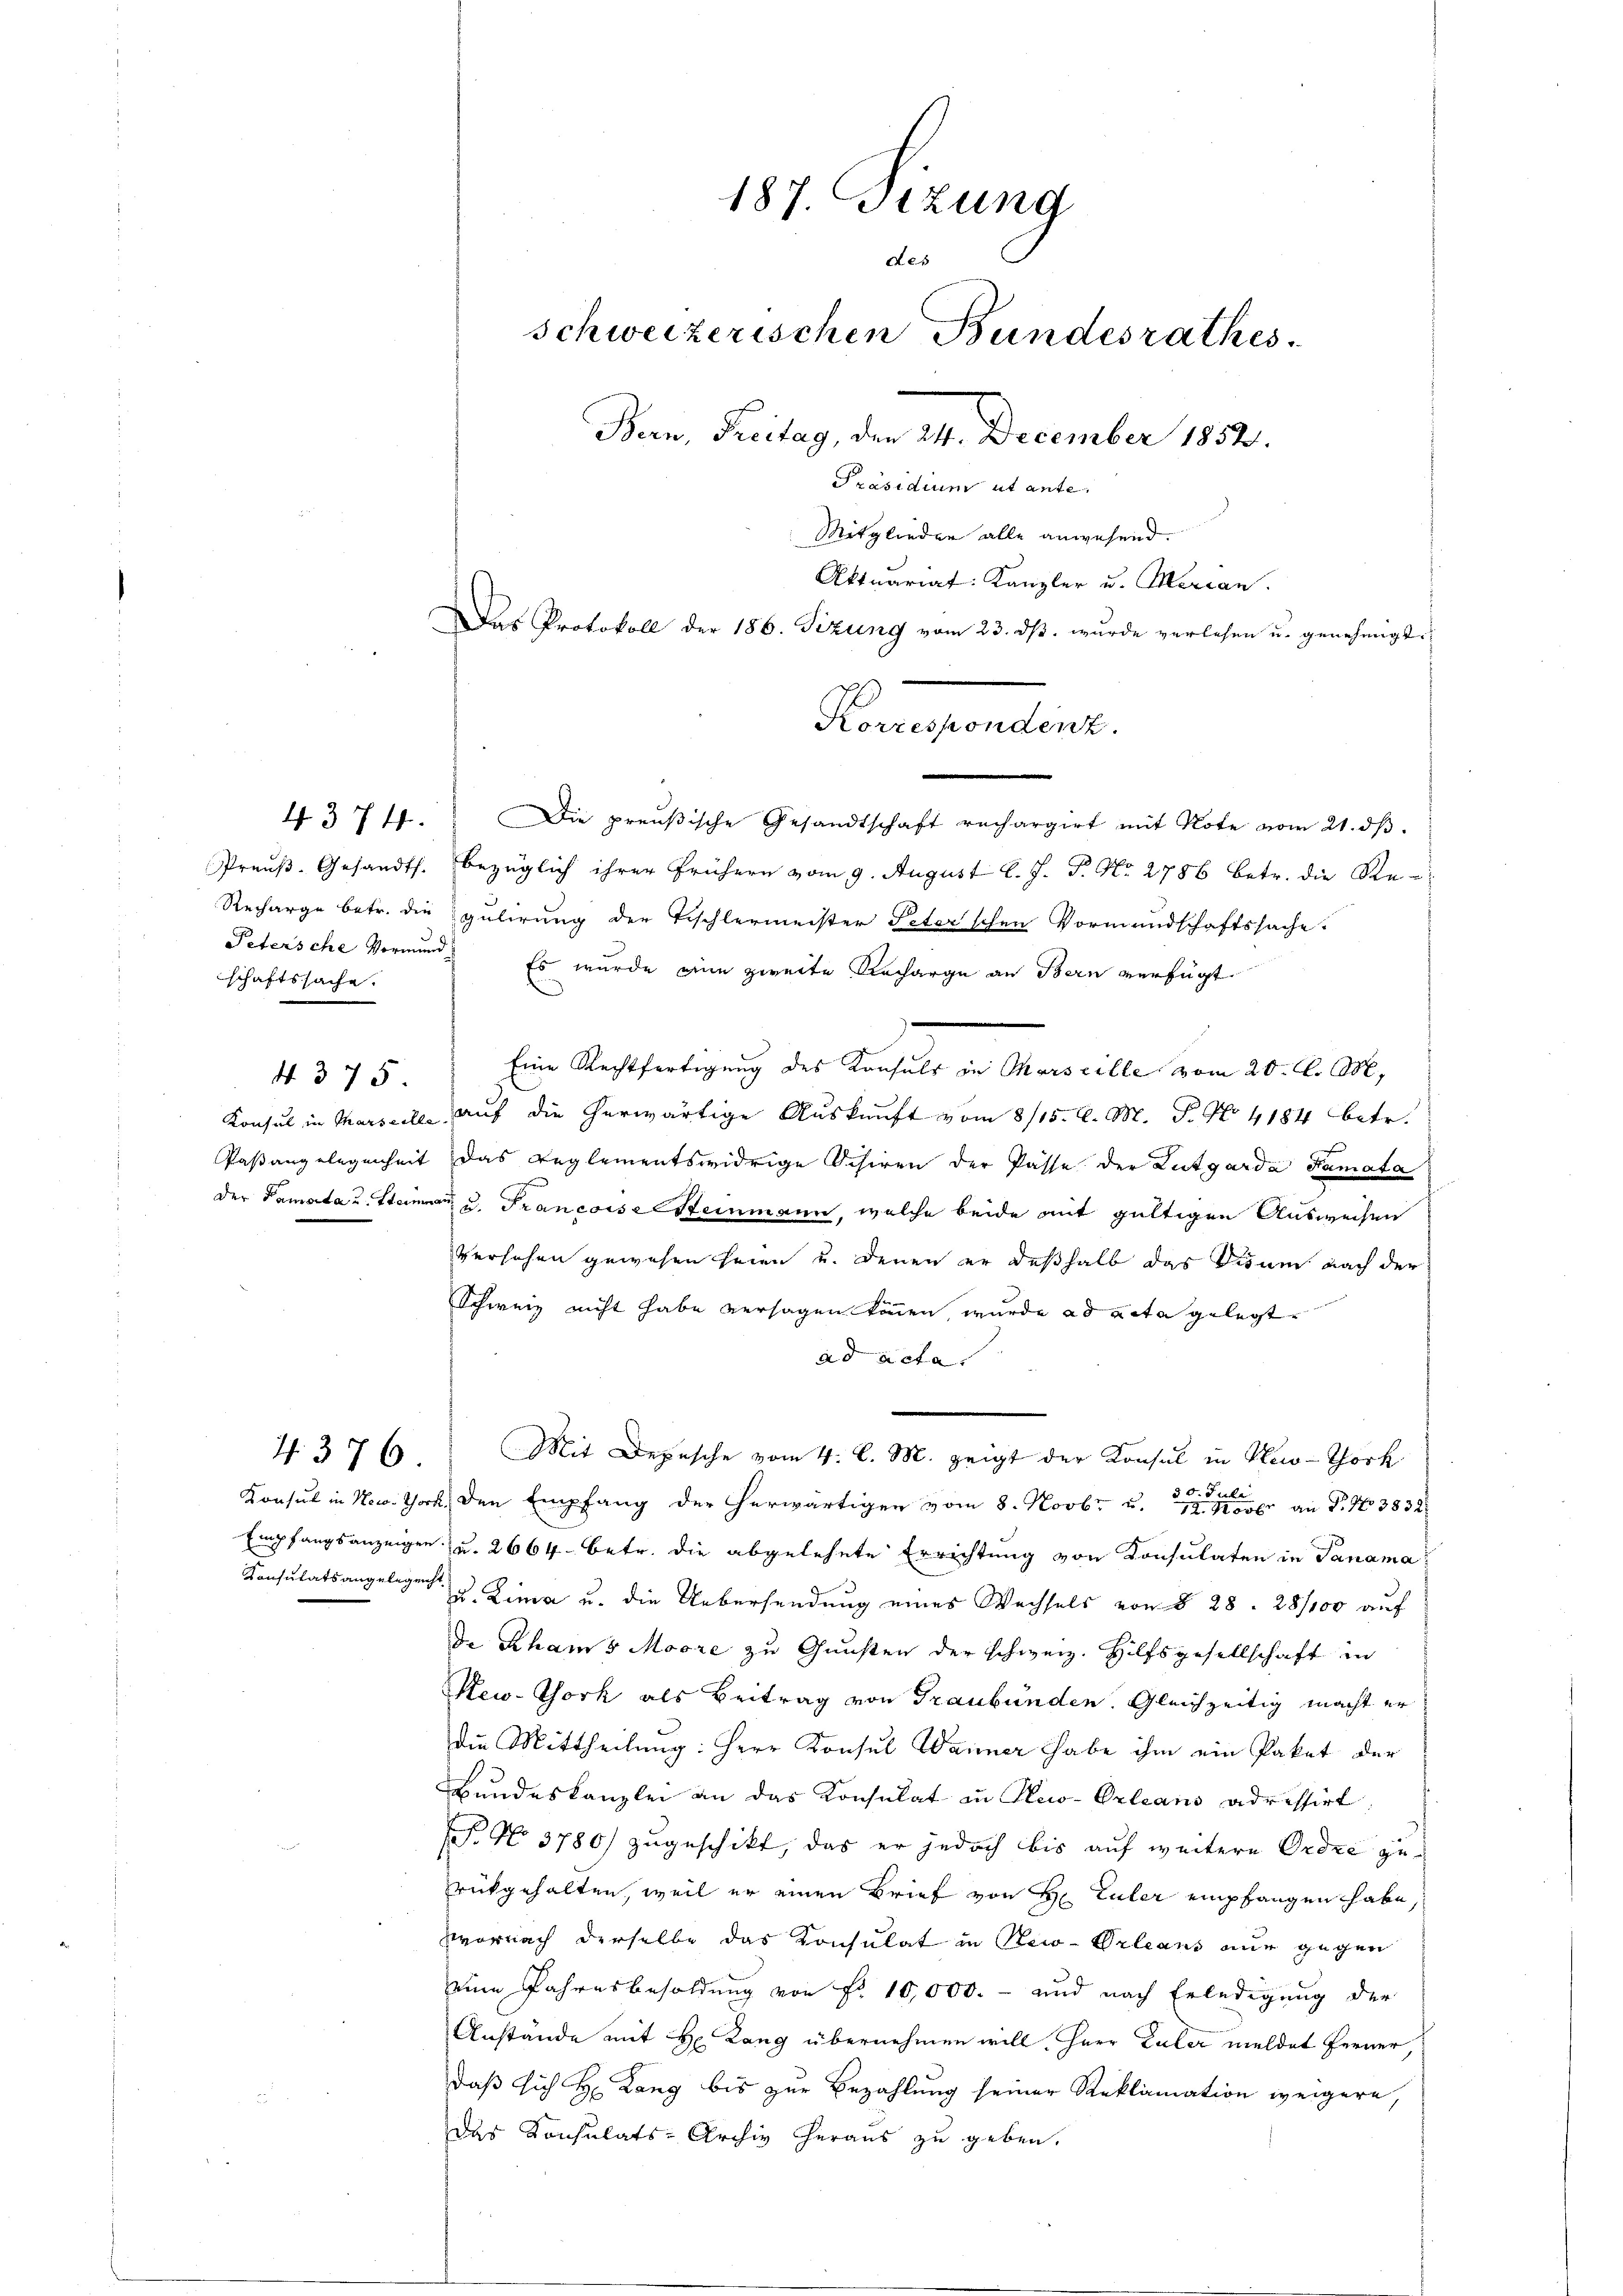
schaftssache.

4375

187. Sizung
Aes
schweizerischen Bundesrathes.
Bern, Freitag, den 24. December 1852.
Präsidium ut ante
Mitglieden alle anwesend.
Aktuariat Kanzler u. Marian.
Das Protokoll der 186. Sitzung vom 23. ds. wurde verlesen u. genehmigt.

4374. Die preußische Gesandtschaft rechargirt mit Note vom 21. dβ.
Preŭβ-Gesandts. bezüglich ihrer frühern vom 9. August l. J. P. Nr. 2786 betr. die Re-
Recharge betr. die gulirung der Tischlermeister Peterschen Vormundschaftssache.
Petersche Vormund. Es wurde eine zweite Recharge an Bern verfügt
Eine Rechtfertigung des Konsuls in Marseille vom 20. d. M.
Konsul in Marseile auf die herwärtige Auskunft vom 8/15. d. M. P. No. 4184 betr.
Paßangelegenheit das reglementswidrige Schiren der Pässe der Lutgarda Ramata
der Samata u. Steinen u. Francoise Steinmann, welche beide mit gültigen Ausweisen
Versehen gewesen seien und denen er deßhalb das Visum nach der
Schweiz nicht habe versagen können, wurde ad acta gelegt.
ad acta.
4. 376 " Mit Depesche vom 4. l. M. zeigt der Konsul in New-York
Konsul in New. Thor den Empfang der herwärtigen vom 8. Novbr u. er an P. No 3832
Empfangsanzeigen u. 2664 betr. die abgelehnte Errichtung von Konsulaten in Panama
Konsulatsangelegen u. Lina u. die Uebersendung eines Wechsels von § 28. 28/100 auf
de Rham 5 Moore zu Gunsten der schweiz. Hilfsgesellschaft in
New-York als Beitrag von Graubünden. Gleichzeitig macht er
die Mittheilung: Herr Konsul Wanner habe ihm ein Paket der
Bundeskanzlei an das Konsulat in Huo-Orleans adressirt
F. No 3780) zugeschikt, das er jedoch bis auf weitere Ordre gerückgehalten, weil er einen Brief von H Luler empfangen habe,
wornach derselbe das Konsulat in New-Orleans nur gegen
eine Jahresbesoldung von Fr. 10,000. - und nach Erledigung der
Anstände mit H. Rang übernehmen will. Herr Euler meldet ferner,
daß sich H: Lang bis zur Bezahlung seiner Reklamation weigere,
das Konsulats-Archiv heraus zu geben.

Korrespondenz.